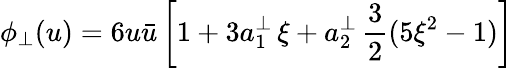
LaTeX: \phi_{\perp}(u)=6u\bar{u}\left[1+3a_{1}^{\perp}\, \xi+a_{2}^{\perp}\, \frac{3}{2}(5\xi^{2}-1)\right]